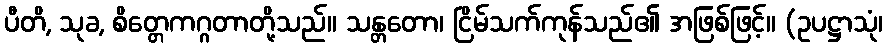
ပီတိ, သုခ, စိတ္တေကဂ္ဂတာတို့သည်။ သန္တတော၊ ငြိမ်သက်ကုန်သည်၏ အဖြစ်ဖြင့်။ (ဥပဋ္ဌာသုံ၊